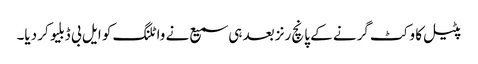
پٹیل کا وکٹ گرنے کے پانچ رنز بعد ہی سمیع نے واٹلنگ کو ایل بی ڈبلیو کر دیا۔